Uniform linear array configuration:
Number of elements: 16
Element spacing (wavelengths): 1
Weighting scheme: kaiser
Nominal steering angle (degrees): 60
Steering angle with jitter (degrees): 58.826
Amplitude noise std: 0.05
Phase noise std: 0.05

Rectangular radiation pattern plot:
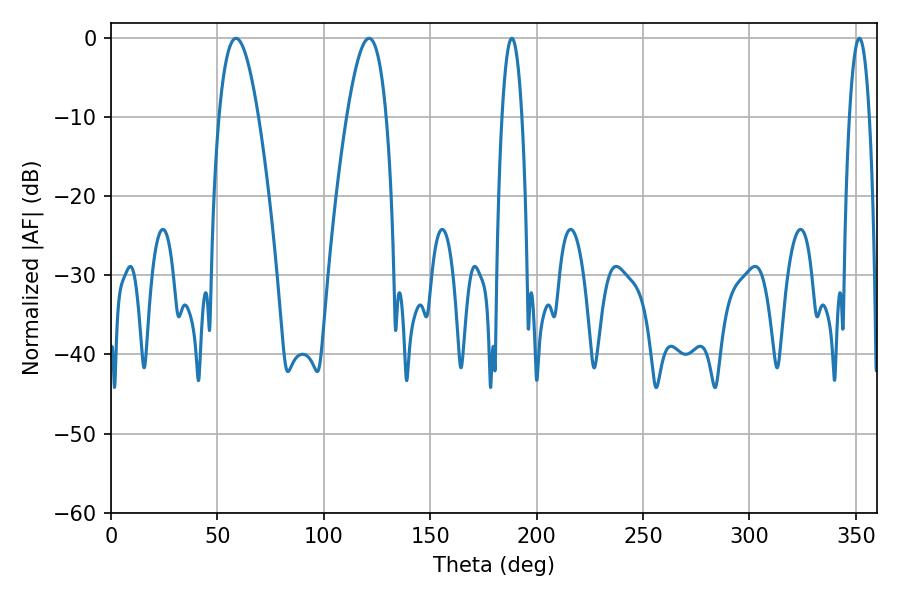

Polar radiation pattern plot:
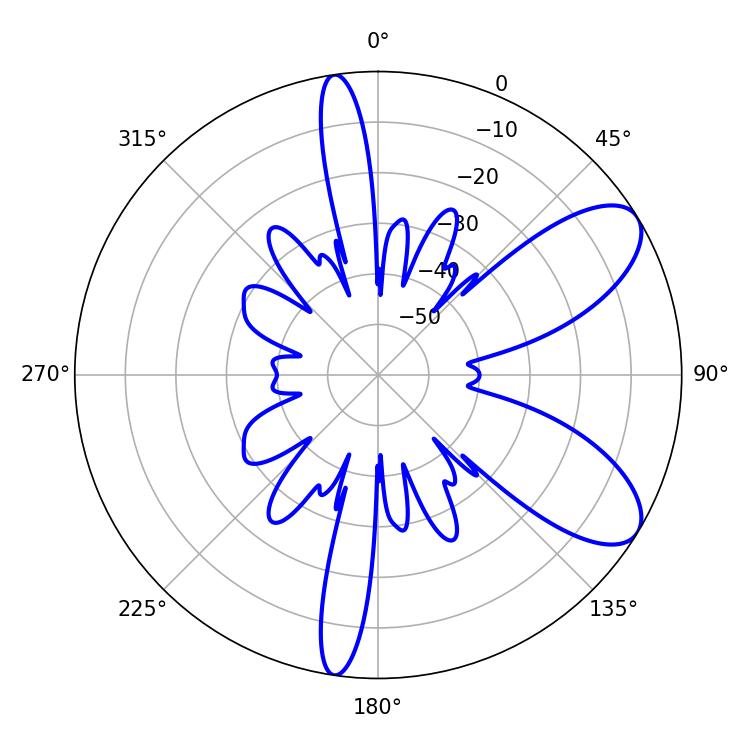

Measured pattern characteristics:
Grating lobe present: TRUE
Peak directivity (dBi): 8.26
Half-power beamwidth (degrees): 10.26
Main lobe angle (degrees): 58.68